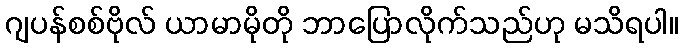
ဂျပန်စစ်ဗိုလ် ယာမာမိုတို ဘာပြောလိုက်သည်ဟု မသိရပါ။